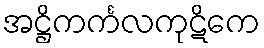
အဋ္ဌိကင်္ကလကုဋိကေ